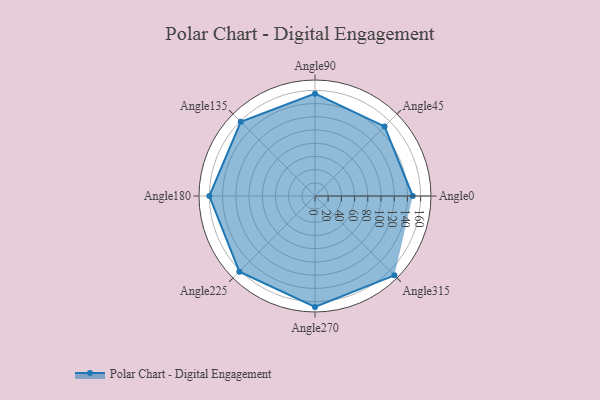
{"axis": {"x": "Angle", "y": "Radius"}, "legend": [""], "data": [{"x": "Angle0", "y": 148.0, "type": ""}, {"x": "Angle45", "y": 149.0, "type": ""}, {"x": "Angle90", "y": 155.0, "type": ""}, {"x": "Angle135", "y": 159.0, "type": ""}, {"x": "Angle180", "y": 160.0, "type": ""}, {"x": "Angle225", "y": 162.0, "type": ""}, {"x": "Angle270", "y": 168.0, "type": ""}, {"x": "Angle315", "y": 170, "type": ""}]}